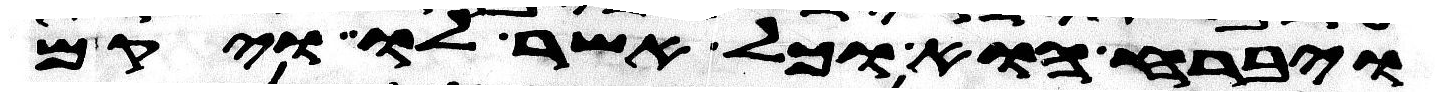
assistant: ויברח הוא וכל אשר לו ויקם